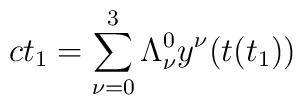
ct_{1} = \sum_{\nu = 0}^{3} \Lambda_{\nu }^{0} y^{\nu }(t(t_{1}))